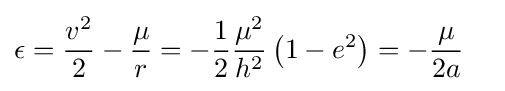
{\begin{aligned}\epsilon &={\frac {v^{2}}{2}}-{\frac {\mu }{r}}=-{\frac {1}{2}}{\frac {\mu ^{2}}{h^{2}}}\left(1-e^{2}\right)=-{\frac {\mu }{2a}}\end{aligned}}